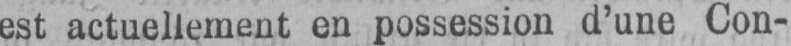
est actuellement en possession d’une Con-